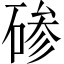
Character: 碜